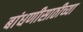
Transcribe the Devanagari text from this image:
बांधणीसाठीच्या